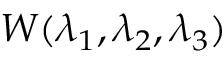
W ( \lambda _ { 1 } , \lambda _ { 2 } , \lambda _ { 3 } )